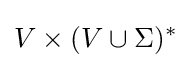
V\times (V\cup \Sigma )^{*}